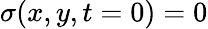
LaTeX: \sigma(x,y,t=0)=0